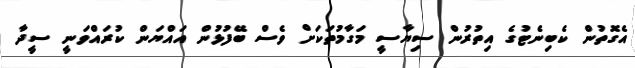
އެގޮތުން ކެބިނެޓުގެ އިތުރުން ސިޔާސީ މަގާމުތަކަށް ވެސް ބޭފުޅުން އައްޔަން ކުރައްވަނީ ސީދާ